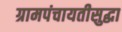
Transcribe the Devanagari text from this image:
ग्रामपंचायतीसुद्धा